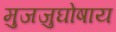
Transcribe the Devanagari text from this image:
मुजजुघोषाय